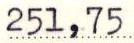
251,75